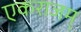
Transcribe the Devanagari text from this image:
एकराजम्